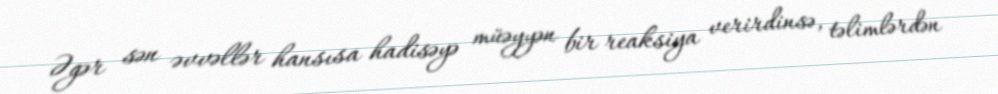
Əgər sən əvvəllər hansısa hadisəyə müəyyən bir reaksiya verirdinsə, təlimlərdən